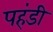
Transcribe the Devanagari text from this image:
पहंडी